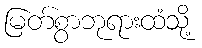
မြတ်စွာဘုရားထံသို့